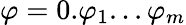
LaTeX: \varphi=0.\varphi_{1}...\varphi_{m}